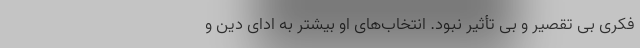
فکری بی تقصیر و بی تأثیر نبود. انتخاب‌های او بیشتر به ادای دِین و